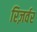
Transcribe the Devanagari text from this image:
रिज़र्वर